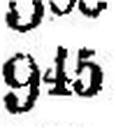
945